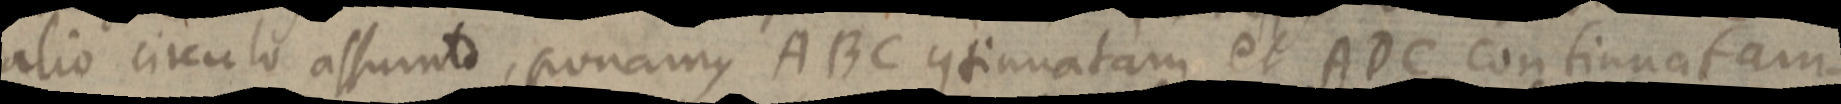
alio circulo assumto, ponamus ABC continuatam et ADC continuatam